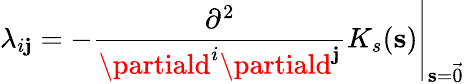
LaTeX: \lambda_{i\mathbf{j}}=-\left.\frac{{\partial^{2}}}{{\partiald^{i}\partiald^{\mathbf{j}}}}K_{s}(\mathbf{{s}})\right|_{\mathbf{{s}}=\vec{{0}}}